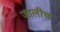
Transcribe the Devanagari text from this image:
जालीच